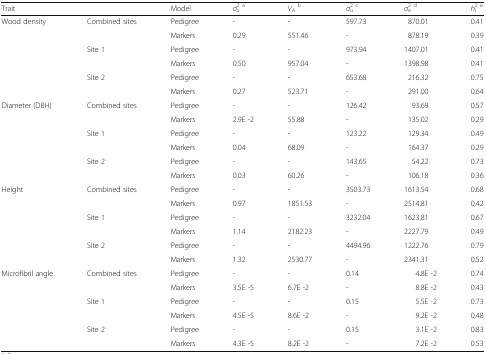
<table><thead><tr><td><b>Trait</b></td><td></td><td><b>Model</b></td><td><b><i>σ</i><sup>2</sup><sub>a</sub><sup>a</sup></b></td><td><b><i>V</i><sub>A</sub><sup>b</sup></b></td><td><b><i>σ</i><sup>2</sup><sub>u</sub><sup>c</sup></b></td><td><b><i>σ</i><sup>2</sup><sub>e</sub><sup>d</sup></b></td><td><b><i>h</i><sup>2</sup><sub>i</sub><sup>e</sup></b></td></tr></thead><tbody><tr><td rowspan="2">Wood density</td><td rowspan="2">Combined sites</td><td>Pedigree</td><td>-</td><td>-</td><td>597.73</td><td>870.01</td><td>0.41</td></tr><tr><td>Markers</td><td>0.29</td><td>551.46</td><td>-</td><td>878.19</td><td>0.39</td></tr><tr><td></td><td rowspan="2">Site 1</td><td>Pedigree</td><td>-</td><td>-</td><td>973.94</td><td>1407.01</td><td>0.41</td></tr><tr><td></td><td>Markers</td><td>0.50</td><td>957.04</td><td>-</td><td>1398.98</td><td>0.41</td></tr><tr><td></td><td rowspan="2">Site 2</td><td>Pedigree</td><td>-</td><td>-</td><td>653.68</td><td>216.32</td><td>0.75</td></tr><tr><td></td><td>Markers</td><td>0.27</td><td>523.71</td><td>-</td><td>291.00</td><td>0.64</td></tr><tr><td rowspan="2">Diameter (DBH)</td><td rowspan="2">Combined sites</td><td>Pedigree</td><td>-</td><td>-</td><td>126.42</td><td>93.69</td><td>0.57</td></tr><tr><td>Markers</td><td>2.9E -2</td><td>55.88</td><td>-</td><td>135.02</td><td>0.29</td></tr><tr><td></td><td rowspan="2">Site 1</td><td>Pedigree</td><td>-</td><td>-</td><td>123.22</td><td>129.34</td><td>0.49</td></tr><tr><td></td><td>Markers</td><td>0.04</td><td>68.09</td><td>-</td><td>164.37</td><td>0.29</td></tr><tr><td></td><td rowspan="2">Site 2</td><td>Pedigree</td><td>-</td><td>-</td><td>143.65</td><td>54.22</td><td>0.73</td></tr><tr><td></td><td>Markers</td><td>0.03</td><td>60.26</td><td>-</td><td>106.18</td><td>0.36</td></tr><tr><td rowspan="2">Height</td><td rowspan="2">Combined sites</td><td>Pedigree</td><td>-</td><td>-</td><td>3503.73</td><td>1613.54</td><td>0.68</td></tr><tr><td>Markers</td><td>0.97</td><td>1851.53</td><td>-</td><td>2514.81</td><td>0.42</td></tr><tr><td></td><td rowspan="2">Site 1</td><td>Pedigree</td><td>-</td><td>-</td><td>3232.04</td><td>1623.81</td><td>0.67</td></tr><tr><td></td><td>Markers</td><td>1.14</td><td>2182.23</td><td>-</td><td>2227.79</td><td>0.49</td></tr><tr><td></td><td rowspan="2">Site 2</td><td>Pedigree</td><td>-</td><td>-</td><td>4494.96</td><td>1222.76</td><td>0.79</td></tr><tr><td></td><td>Markers</td><td>1.32</td><td>2530.77</td><td>-</td><td>2341.31</td><td>0.52</td></tr><tr><td rowspan="2">Microfibril angle</td><td rowspan="2">Combined sites</td><td>Pedigree</td><td>-</td><td>-</td><td>0.14</td><td>4.8E -2</td><td>0.74</td></tr><tr><td>Markers</td><td>3.5E -5</td><td>6.7E -2</td><td>-</td><td>8.8E -2</td><td>0.43</td></tr><tr><td></td><td rowspan="2">Site 1</td><td>Pedigree</td><td>-</td><td>-</td><td>0.15</td><td>5.5E -2</td><td>0.73</td></tr><tr><td></td><td>Markers</td><td>4.5E -5</td><td>8.6E -2</td><td>-</td><td>9.2E -2</td><td>0.48</td></tr><tr><td></td><td rowspan="2">Site 2</td><td>Pedigree</td><td>-</td><td>-</td><td>0.15</td><td>3.1E -2</td><td>0.83</td></tr><tr><td></td><td>Markers</td><td>4.3E -5</td><td>8.2E -2</td><td>-</td><td>7.2E -2</td><td>0.53</td></tr></tbody></table>